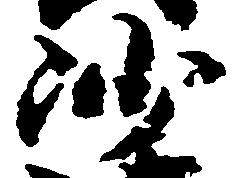
沙